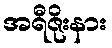
အရီဇိုးနား